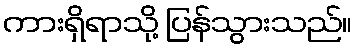
ကားရှိရာသို့ ပြန်သွားသည်။